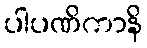
ပါပဏိကာနိ